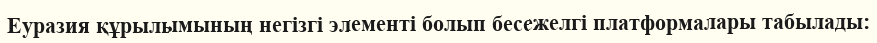
Еуразия құрылымының негізгі элементі болып бесежелгі платформалары табылады: